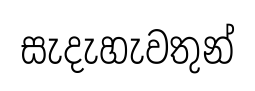
සැදැහැවතුන්